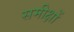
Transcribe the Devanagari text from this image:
समीक्षों